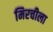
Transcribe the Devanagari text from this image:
मिरचीला